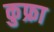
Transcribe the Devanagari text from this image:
कुफ्रा